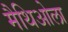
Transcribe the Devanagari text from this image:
मैथिओला